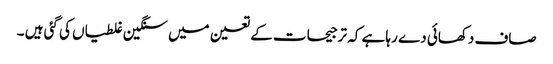
صاف دکھائی دے رہا ہے کہ ترجیحات کے تعین میں سنگین غلطیاں کی گئی ہیں ۔